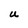
Character: U